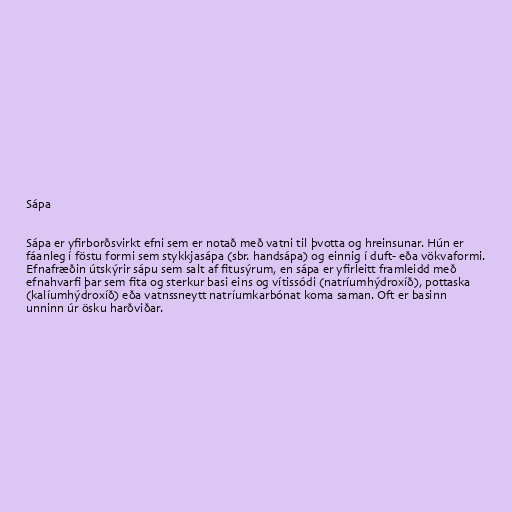
Sápa

Sápa er yfirborðsvirkt efni sem er notað með vatni til þvotta og hreinsunar. Hún er
fáanleg í föstu formi sem stykkjasápa (sbr. handsápa) og einnig í duft- eða vökvaformi.
Efnafræðin útskýrir sápu sem salt af fitusýrum, en sápa er yfirleitt framleidd með
efnahvarfi þar sem fita og sterkur basi eins og vítissódi (natríumhýdroxíð), pottaska
(kalíumhýdroxíð) eða vatnssneytt natríumkarbónat koma saman. Oft er basinn
unninn úr ösku harðviðar.